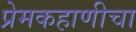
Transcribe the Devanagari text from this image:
प्रेमकहाणीचा